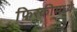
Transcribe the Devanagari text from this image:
फिरकीमध्ये